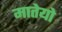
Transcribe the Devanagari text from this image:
मातेयो